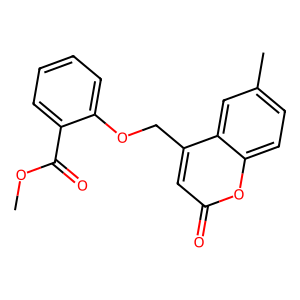
SMILES: COC(=O)c1ccccc1OCc1cc(=O)oc2ccc(C)cc12
Inhibits HIV replication: No